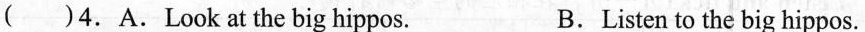
( )4.A.Look at the big hippos. B.Listen to the big hippos.